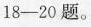
18-20题。